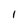
Character: I